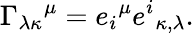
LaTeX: {\Gamma_{\lambda\kappa}}^{\mu}={e_{i}}^{\mu}{e^{i}}_{\kappa,\lambda}.